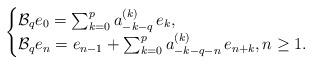
LaTeX: \begin{align*}\begin{cases}\mathcal{B}_{q} e_{0} =\sum_{k=0}^{p} a_{-k-q}^{(k)}\, e_{k},\\\mathcal{B}_{q} e_{n}=e_{n-1}+\sum_{k=0}^{p} a_{-k-q-n}^{(k)}\, e_{n+k},n\geq 1.\end{cases}\end{align*}